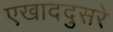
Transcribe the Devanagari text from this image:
एखाददुसरे